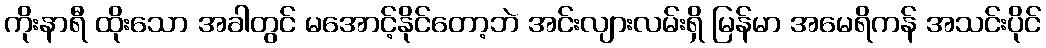
ကိုးနာရီ ထိုးသော အခါတွင် မအောင့်နိုင်တော့ဘဲ အင်းလျားလမ်းရှိ မြန်မာ အမေရိကန် အသင်းပိုင်